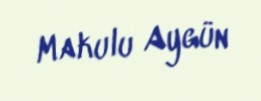
Makulu Aygün